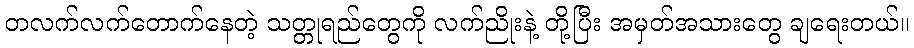
တလက်လက်တောက်နေတဲ့ သတ္တုရည်တွေကို လက်ညိုးနဲ့ တို့ပြီး အမှတ်အသားတွေ ချရေးတယ်။